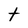
Character: t